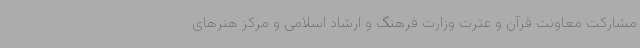
مشارکت معاونت قرآن و عترت وزارت فرهنگ و ارشاد اسلامی و مرکز هنرهای